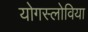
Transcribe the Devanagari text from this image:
योगस्लोविया